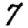
Digit: 7